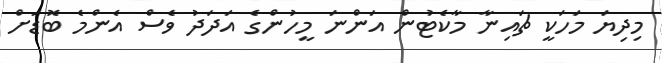
މިދިޔަ މަހަކީ ޗައިނާ މާކެޓުން އަންނަ މީހުންގެ އަދަދު ވެސް އެންމެ ބޮޑަށް